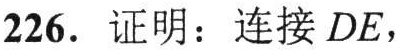
226. 证明：连接 \(DE\)，